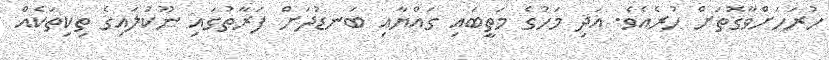
ހުރަހަށްވާގޮތަށް ހުރެއެވެ. އަދި މަހުގެ މަތީބައި ގައްޔާއި ބަނޑުދަށް ފަރާތުގައި ނޫކުލައިގެ ތިކިތަކެއް